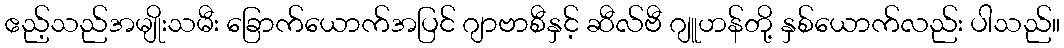
ဧည့်သည်အမျိုးသမီး ခြောက်ယောက်အပြင် ဂျာဗာစီနှင့် ဆီလ်ဗီ ဂျူဟန်တို့ နှစ်ယောက်လည်း ပါသည်။